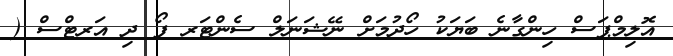
އޮލިމްޕަސް ހިންގާނެ ބަޔަކު ހޯދުމަށް ނޭޝަނަލް ސެންޓަރ ފޯ ދި އަރޓްސް (